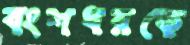
বংশধরকে